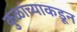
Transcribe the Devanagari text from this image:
कुळांच्याकडून